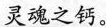
灵魂之钙。